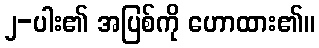
၂-ပါး၏ အပြစ်ကို ဟောထား၏။